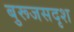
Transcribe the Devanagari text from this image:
बुरूजसदृश